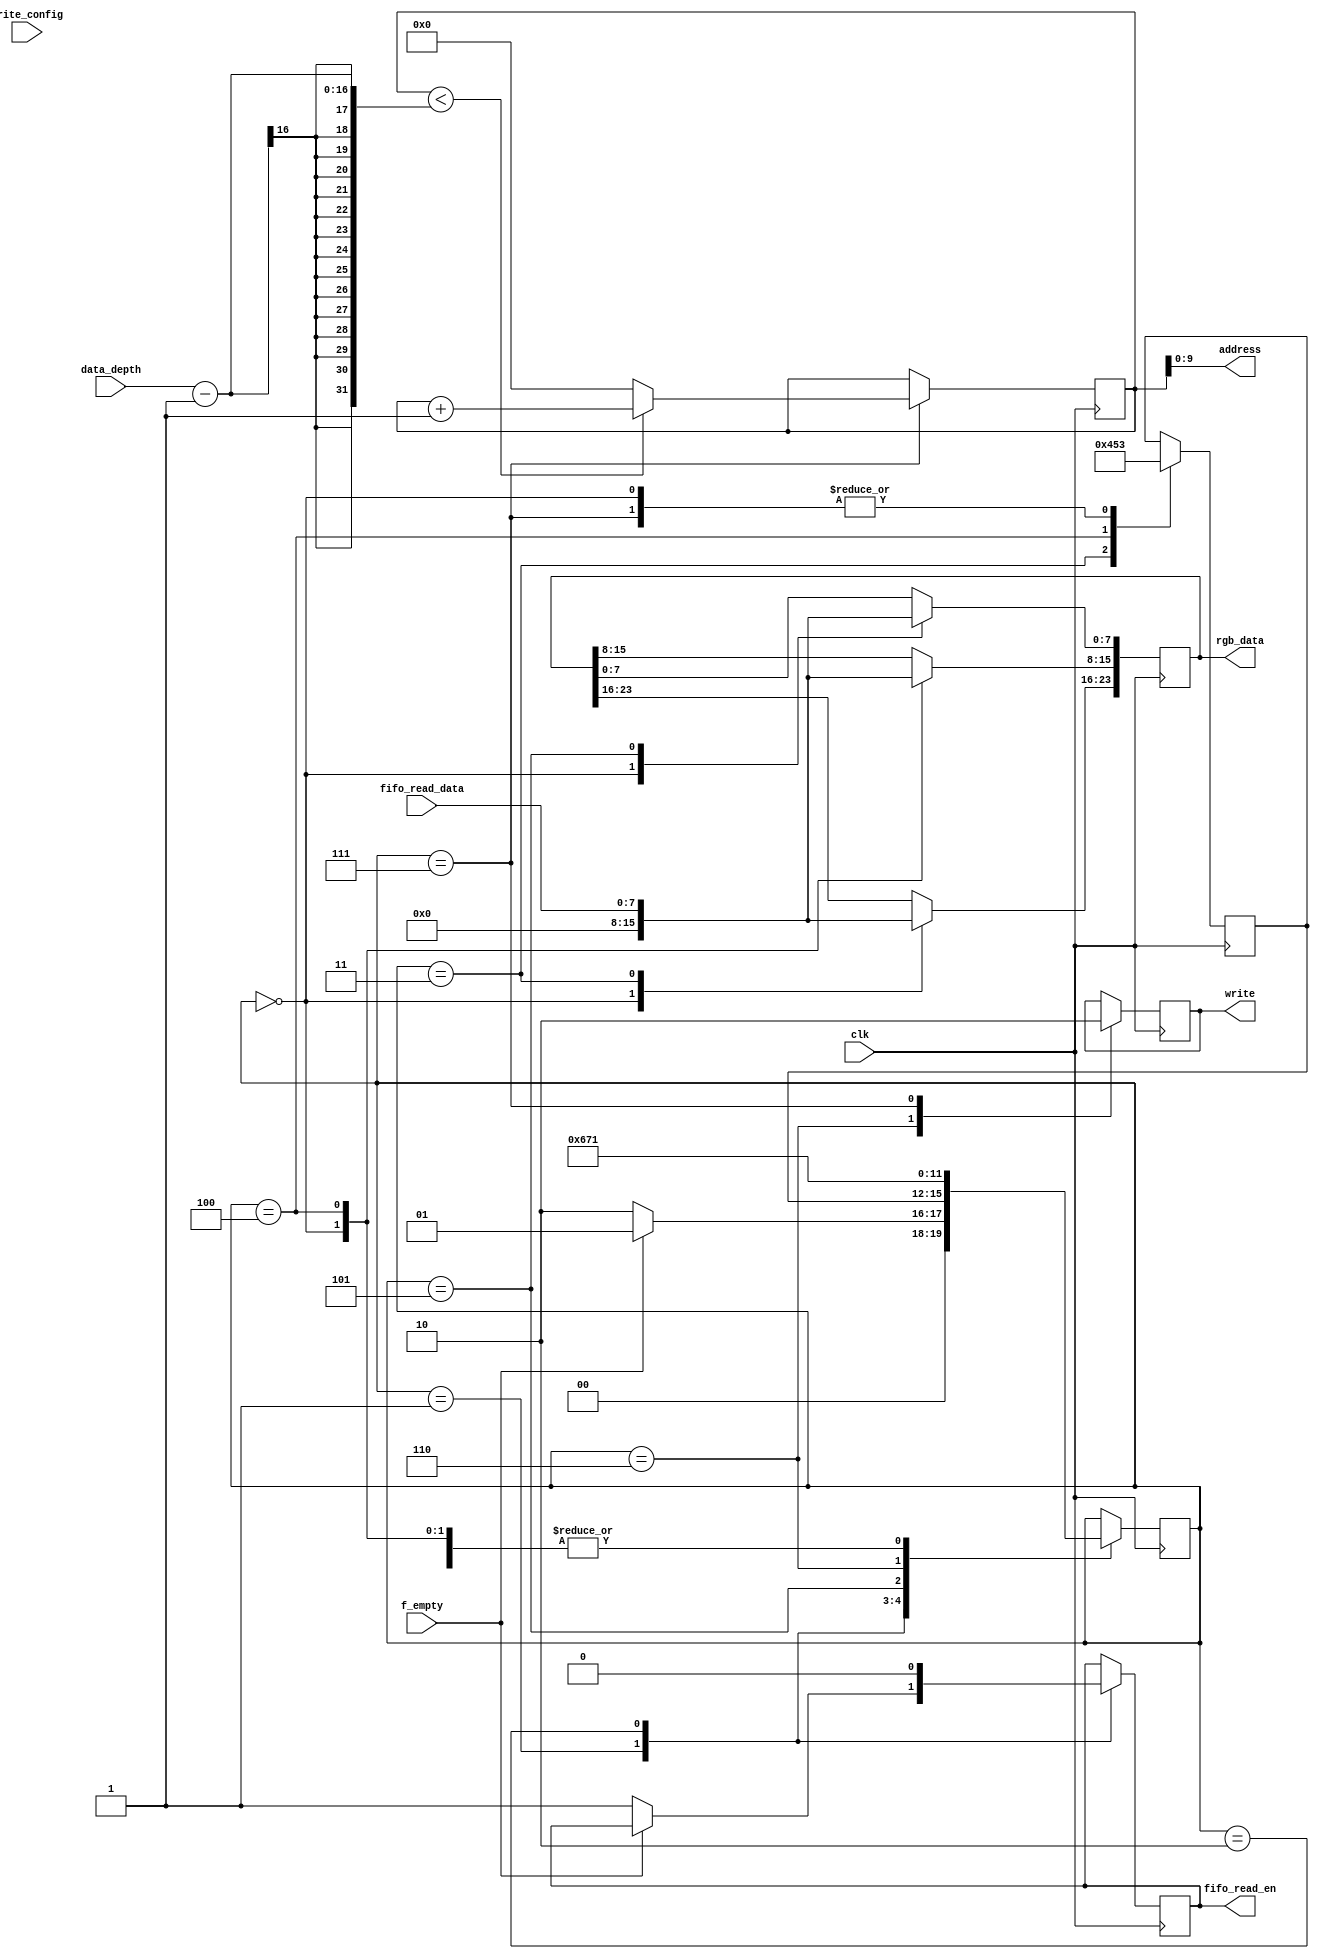
module ws2812_data_ctrl(
    /* Clock Signal */
    input                           clk,

    /* WR_FIFO Signals */
    input                           f_empty,
    input [PHY_FIFO_WIDTH-1:0]      fifo_read_data,
    output                          fifo_read_en,
    input [15:0]                    data_depth,
    input                           write_config,
    /* WS2812 Signals */

    output                          write,
    output [23:0]                   rgb_data,
    output [9:0]                   address
);

/* Global Parameters */
parameter PHY_FIFO_WIDTH = 8;

/* Register declaration and instantiations */
reg [15:0]  r_data_depth = 1000;
reg [15:0]  r_data_length = 1000;
reg [23:0]  r_rgb_data = 0;
reg         r_write = 0;
reg         r_fifo_read_en = 0;
reg [19:0]  r_address = 0;
reg         r_rst;

always @(posedge clk) begin
    if (write_config) begin
        r_data_depth <=data_depth;       
    end

end

/* State Machine Parameters */
reg [3:0]  state = 0;
reg [3:0]  post_wait_state = 0;
localparam IDLE                 = 4'h0;
localparam HOLD                 = 4'h1;
localparam FIFO_WAIT            = 4'h2;
localparam FIFO_READ_GREEN      = 4'h3;
localparam FIFO_READ_RED        = 4'h4;
localparam FIFO_READ_BLUE       = 4'h5;
localparam WRITE                = 4'h6;
localparam WR_CONDITION         = 4'h7;


always @(posedge clk) begin
    case (state)
        IDLE: begin // 0
            r_rgb_data <= 0;
            post_wait_state <= FIFO_READ_GREEN;
            state <= HOLD;
        end

        HOLD: begin // 1
            if(!f_empty) begin
                r_fifo_read_en <= 1;
                state <= FIFO_WAIT;
            end else begin
                state <= HOLD;
            end
        end

        FIFO_WAIT: begin // 2
            r_fifo_read_en <= 0;
            state <= post_wait_state;
        end

        FIFO_READ_GREEN: begin // 4
            r_rgb_data[23:16] <= fifo_read_data;
            post_wait_state <= FIFO_READ_RED;
            state <= HOLD;
        end

        FIFO_READ_RED: begin // 5
            r_rgb_data[15:8] <= fifo_read_data;
            post_wait_state <= FIFO_READ_BLUE;
            state <= HOLD;
        end

        FIFO_READ_BLUE: begin // 6
            r_rgb_data[7:0] <= fifo_read_data;
            state <= WRITE;
        end

        WRITE: begin // 7
            r_write <= 1;
            state <= WR_CONDITION;
        end

        WR_CONDITION: begin // 8
            r_write <= 0;

            if(r_address < data_depth-1) begin
                r_address <= r_address + 1;
            end else begin
                r_address <= 0;
            end

                post_wait_state <= FIFO_READ_GREEN;
                state <= HOLD;
        end
    endcase
end

assign rgb_data = r_rgb_data;
assign address = r_address;
assign write = r_write;
assign fifo_read_en = r_fifo_read_en;
endmodule